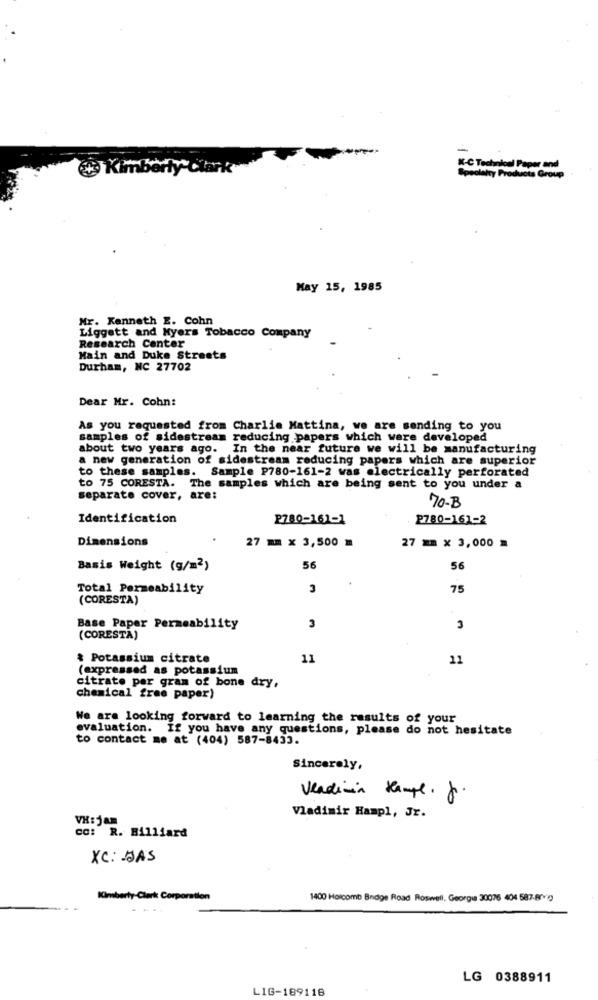
49 Kimberly Clark
K-C Technical Paper and
Specialty Products Group
May 15, 1985
Mr. Kenneth E. Cohn
Liggett and Myers Tobacco Company
Research Center
Main and Duke Streets
Durham, NC 27702
Dear Mr. Cohn:
As you requested from Charlie Mattina, we are sending to you
samples of sidestream reducing papers which were developed
about two years ago.
In the near future we will be manufacturing
a new generation of sidestream reducing papers which are superior
to these samples.
Sample P780-161-2 was electrically perforated
to 75 CORESTA. The samples which are being sent to you under a
separate cover, are:
70-B
Identification
P780-161-1
P780-161-2
Dimensions
27 mm x 3,500 m
27 mm x 3,000 =
Basis Weight (g/m2)
56
56
Total Permeability
3
75
(CORESTA)
Base Paper Permeability
3
3
(CORESTA)
& Potassium citrate
11
11
(expressed as potassium
citrate per gram of bone dry.
chemical free paper)
We are looking forward to learning the results of your
evaluation. If you have any questions, please do not hesitate
to contact me at (404) 587-8433.
Sincerely,
vendimia Kampe. fr .
Vladimir Hampl, Jr.
VH:jam
CC: R. Billiard
XC: DAS
Kimberly-Clark Corporation
1400 Holcomb Bridge Road Roswell, Georgia 30076 404 587-87V0
LG 0388911
LIG-189118